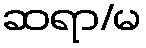
ဆရာ/မ